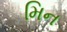
મિન